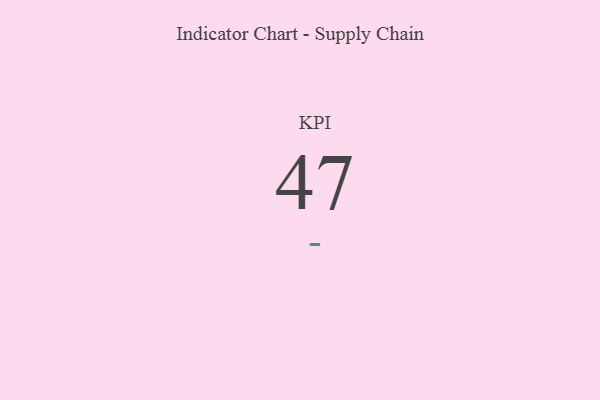
{"axis": {"x": "KPI", "y": "Value"}, "legend": [""], "data": [{"x": "KPI", "y": 47, "type": ""}]}